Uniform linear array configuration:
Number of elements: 16
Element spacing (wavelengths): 0.25
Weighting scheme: cosine
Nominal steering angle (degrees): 30
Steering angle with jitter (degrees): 28.145
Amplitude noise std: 0.05
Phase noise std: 0.05

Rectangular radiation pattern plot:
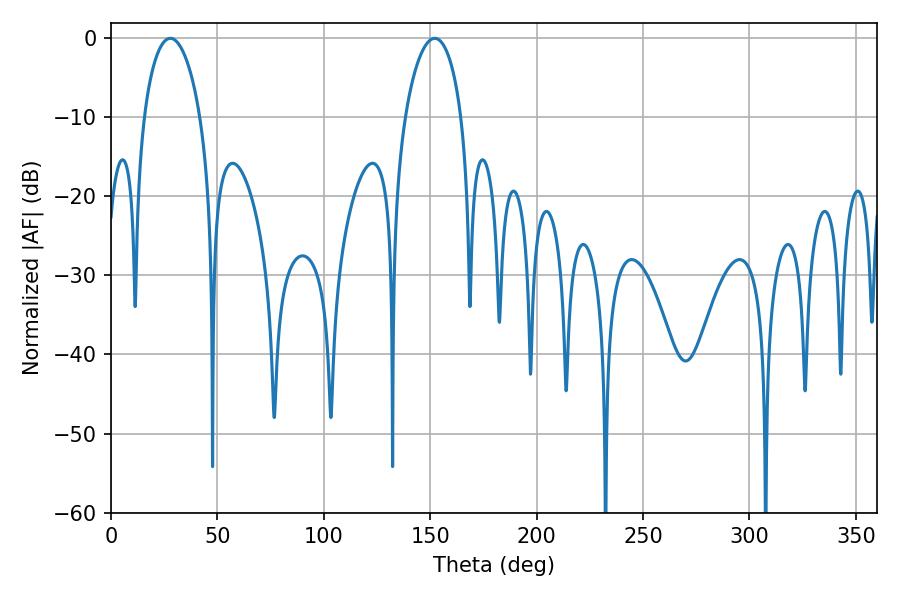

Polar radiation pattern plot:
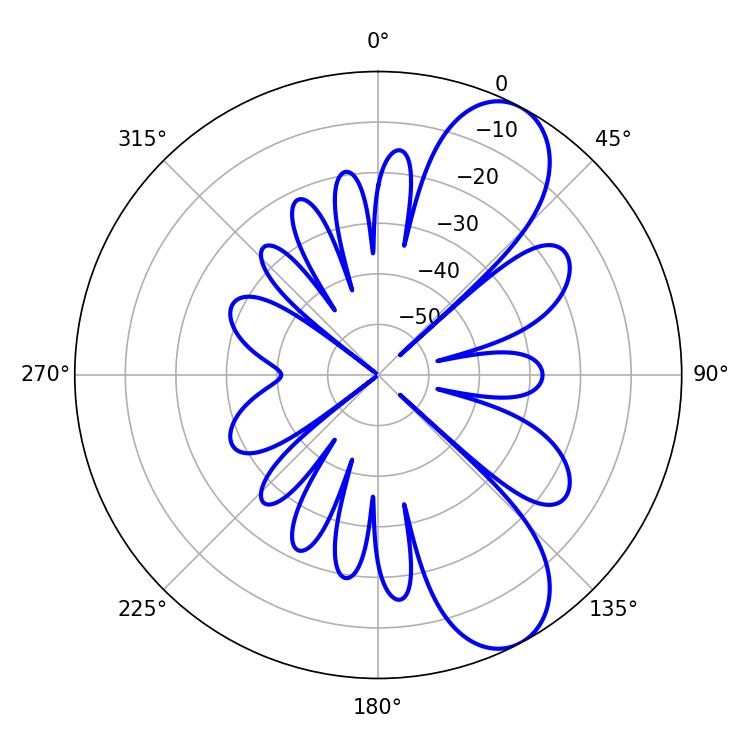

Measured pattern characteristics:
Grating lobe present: FALSE
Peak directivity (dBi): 8.731
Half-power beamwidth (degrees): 15.12
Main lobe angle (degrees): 27.9